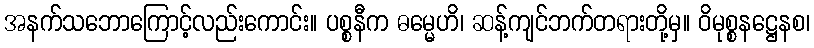
အနက်သဘောကြောင့်လည်းကောင်း။ ပစ္စနီက ဓမ္မေဟိ၊ ဆန့်ကျင်ဘက်တရားတို့မှ။ ဝိမုစ္စနဋ္ဌေနစ၊